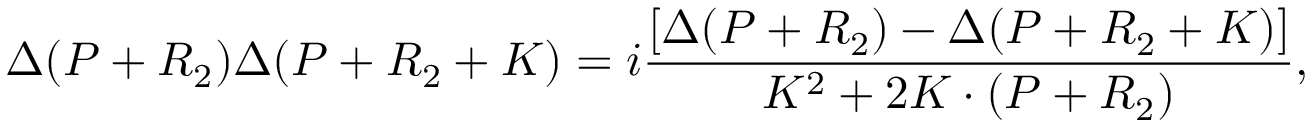
\Delta ( P + R _ { 2 } ) \Delta ( P + R _ { 2 } + K ) = i \frac { [ \Delta ( P + R _ { 2 } ) - \Delta ( P + R _ { 2 } + K ) ] } { K ^ { 2 } + 2 K \cdot ( P + R _ { 2 } ) } ,